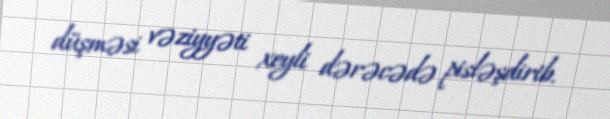
düşməsi vəziyyəti xeyli dərəcədə pisləşdirib.